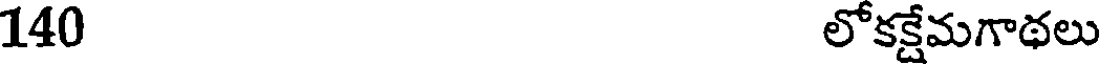
140 లోకక్షేమగాథలు